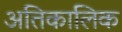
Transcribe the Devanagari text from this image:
अतिकालिक